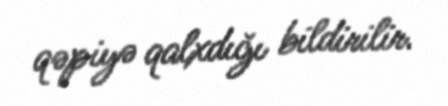
qəpiyə qalxdığı bildirilir.